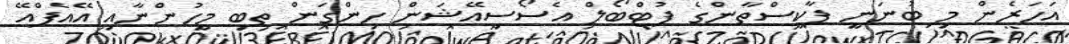
އަހަރެން މި ބުނަނީ ޕާކިސްތާންގެ ފުޓްބޯލް އެސޯސިއޭޝަން ހިންގަން ތިބި މީހުންނާއި އޭއެފްއޭ